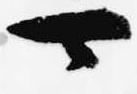
可